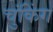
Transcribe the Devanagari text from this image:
चुंकिंग